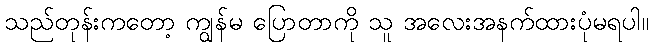
သည်တုန်းကတော့ ကျွန်မ ပြောတာကို သူ အလေးအနက်ထားပုံမရပါ။